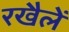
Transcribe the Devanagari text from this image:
रखैलें